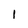
Character: l